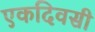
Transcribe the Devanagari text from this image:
एकदिवसी